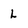
Character: L